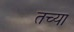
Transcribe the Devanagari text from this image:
तच्या